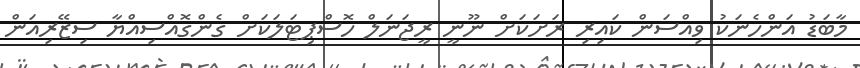
މާބަޑު އަންހެނަކު ވިއްސަން ކައިރި ރަށަކަށް ނޫނީ ރީޖަނަލް ހޮސްޕިޓަލަކަށް ގެންގޮއްސިއްޔާ ސިޒޭރިއަން